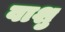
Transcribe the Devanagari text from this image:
वाशु